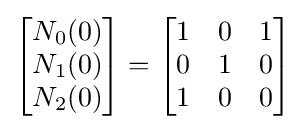
{\begin{bmatrix}N_{0}(0)\\N_{1}(0)\\N_{2}(0)\end{bmatrix}}={\begin{bmatrix}1&0&1\\0&1&0\\1&0&0\end{bmatrix}}